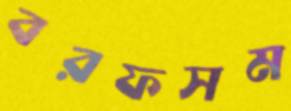
বরফসম